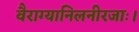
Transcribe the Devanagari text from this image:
वैराग्यानिलनीरजाः।